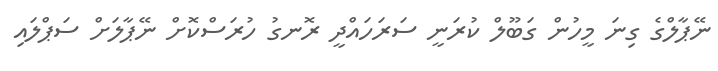
ނޭޕާލްގެ ގިނަ މީހުން ގަބޫލް ކުރަނީ ސަރަހައްދީ ރޮނގު ހުރަސްކޮށް ނޭޕާލަށް ސަޕްލައި